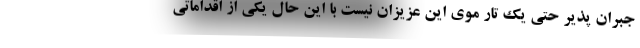
جبران پذیر حتی یک تار موی این عزیزان نیست با این حال یکی از اقداماتی